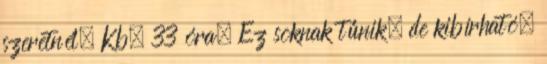
szeretnél. Kb. 33 óra. Ez soknak tűnik, de kibírható.